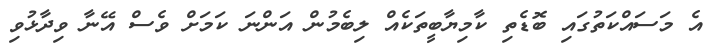
އެ މަސައްކަތުގައި ބޮޑެތި ކާމިޔާބީތަކެއް ލިބެމުން އަންނަ ކަމަށް ވެސް އޭނާ ވިދާޅުވި